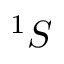
^ 1 S